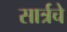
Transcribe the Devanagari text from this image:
सार्त्रचे